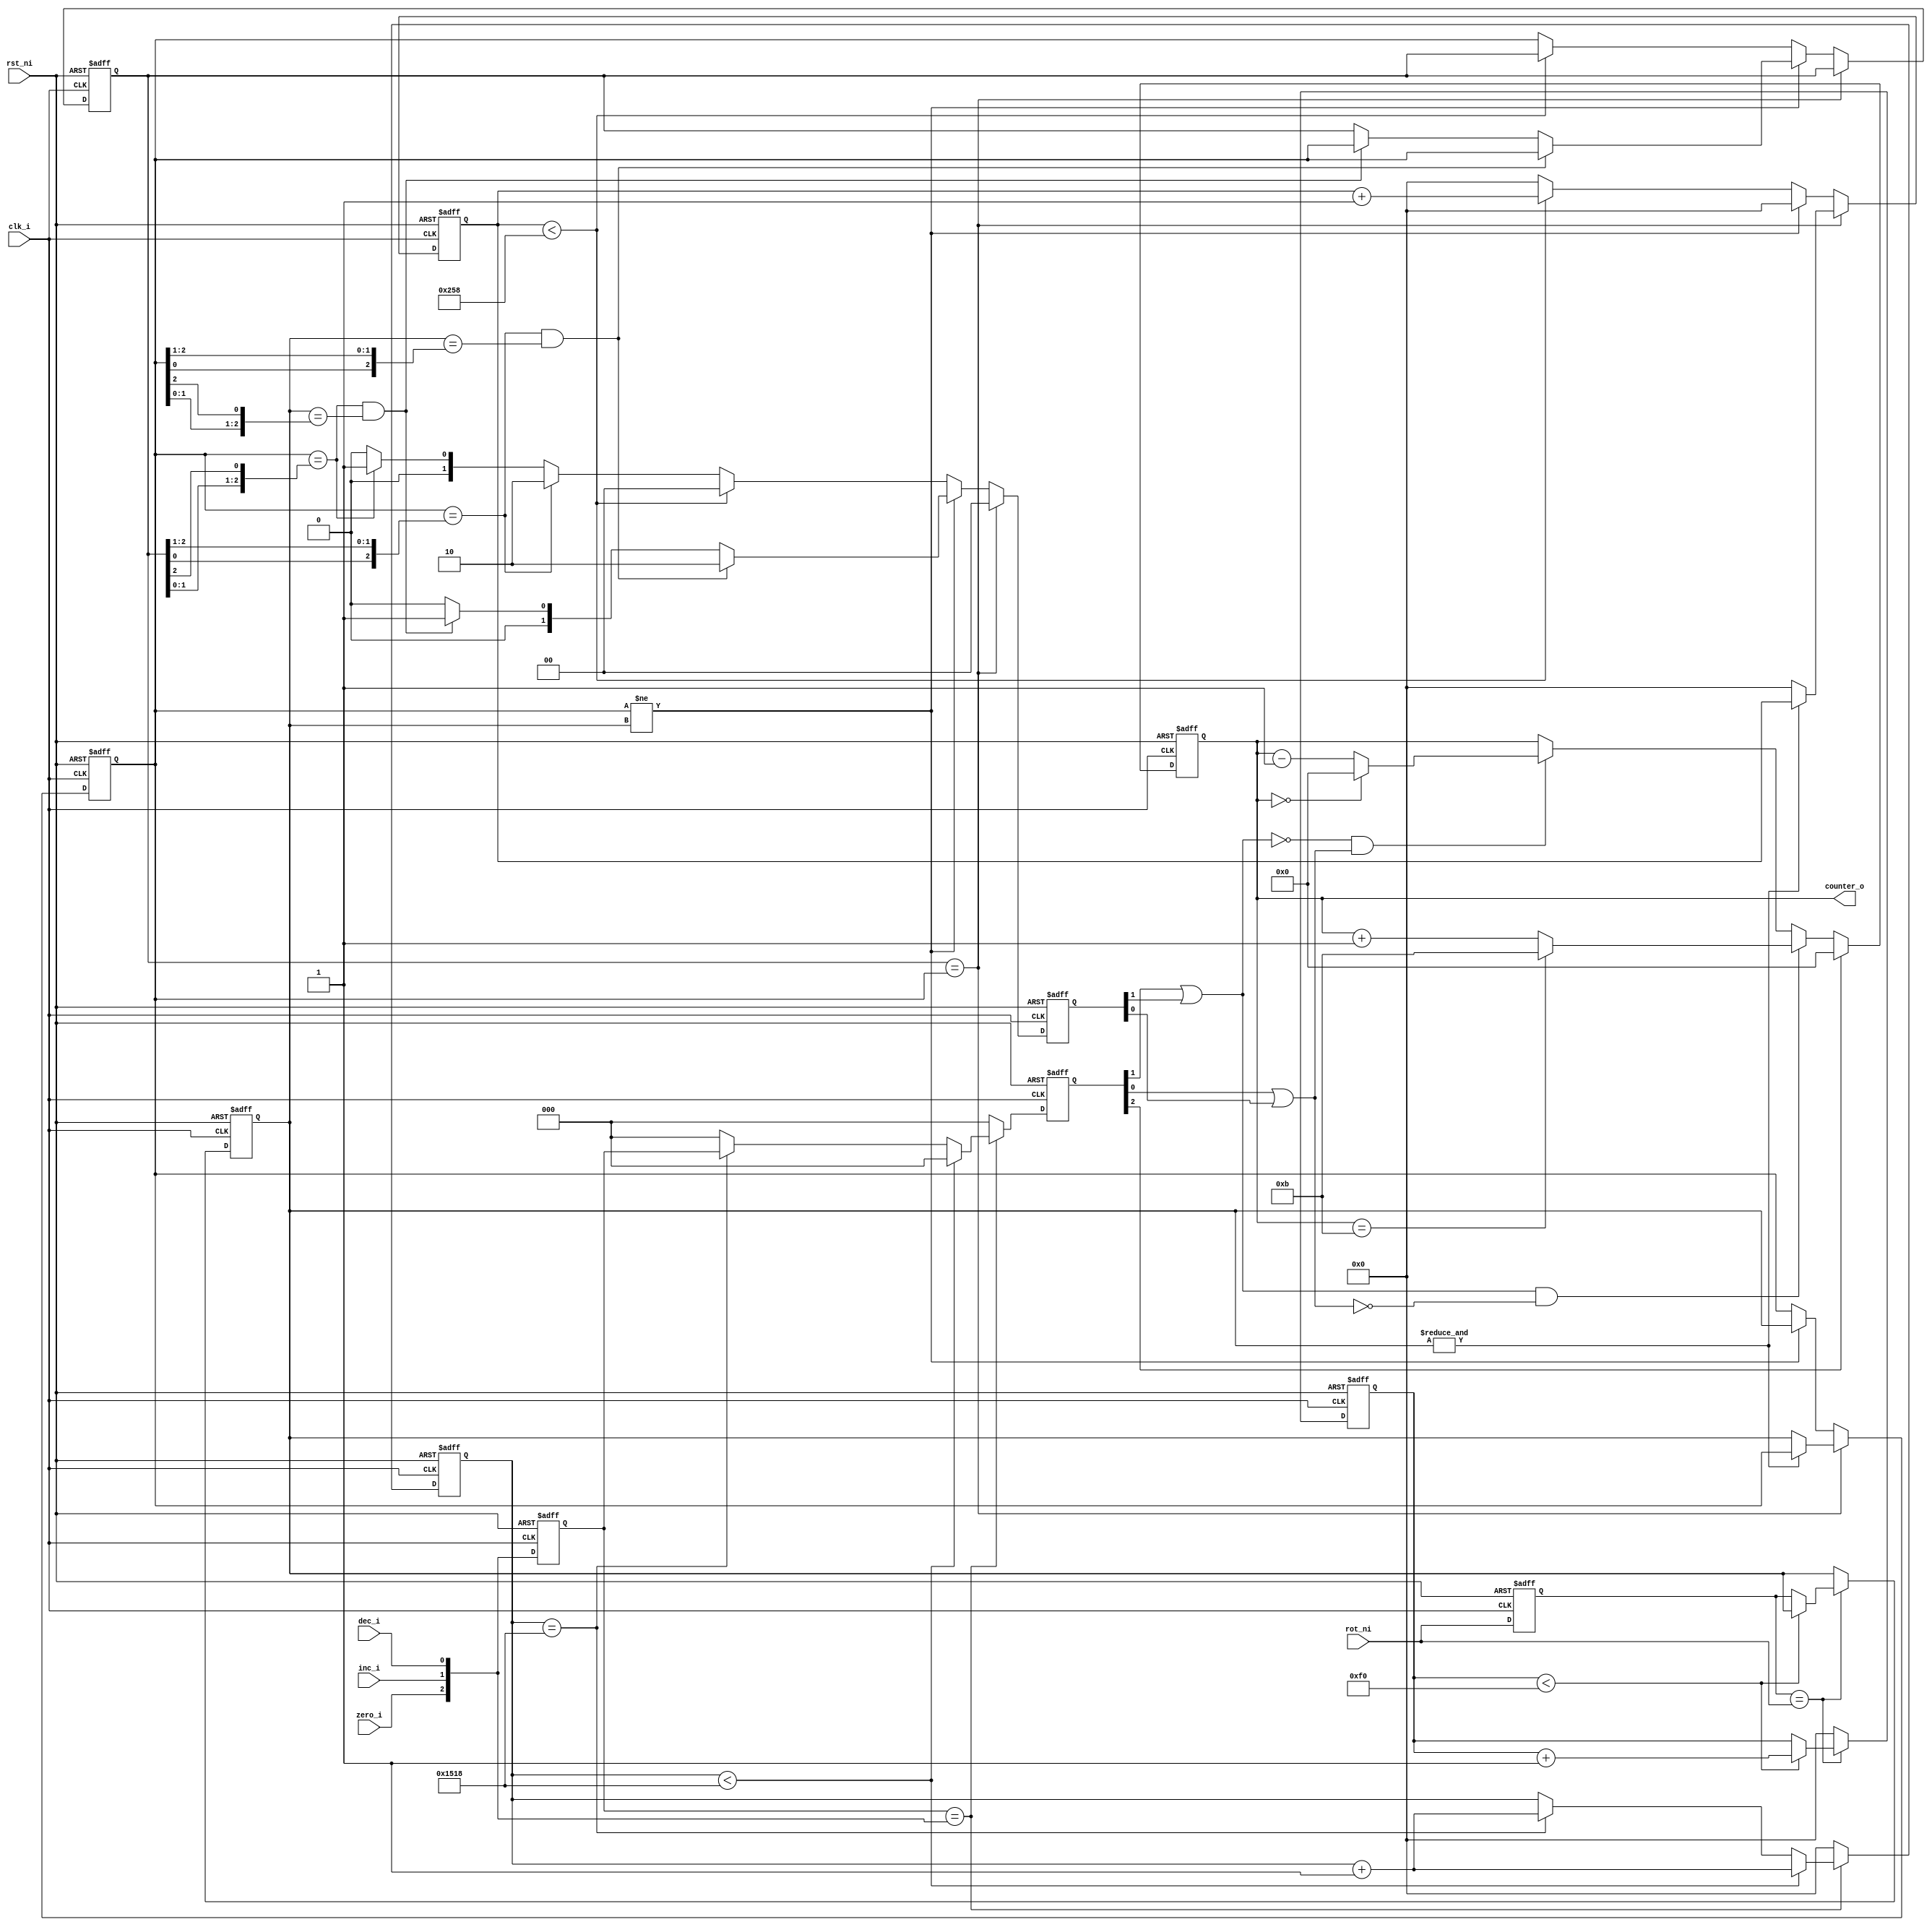
module rotary #(
   parameter N = 12,
   parameter INIT = 0,
   parameter SAT = 1,
   parameter T = 3
) (
   input clk_i,
   input rst_ni,

   input zero_i,
   input inc_i,
   input dec_i,
   input [T-1:0] rot_ni,
   output [$clog2(N)-1:0] counter_o
);

   reg [31:0] man_cnt;
   reg [2:0] man, man_r;
   always @(posedge clk_i, negedge rst_ni) begin
      if (~rst_ni) begin
         man_cnt <= 0;
         man <= 2'b0;
         man_r <= 2'b0;
      end else begin
         man <= {zero_i,inc_i,dec_i};
         man_r <= 2'b0;
         if (man == {zero_i,inc_i,dec_i}) begin
            if (man_cnt < 5400) begin
               man_cnt <= man_cnt + 1;
            end else if (man_cnt == 5400) begin
               man_cnt <= man_cnt + 1;
               man_r <= man;
            end
         end else begin
            man_cnt <= 0;
         end
      end
   end

   reg [31:0] pre_cnt;
   reg [T-1:0] pre_rot_n, pre_rot_nr;
   always @(posedge clk_i, negedge rst_ni) begin
      if (~rst_ni) begin
         pre_cnt <= 0;
         pre_rot_n <= {T{1'b1}};
         pre_rot_nr <= {T{1'b1}};
      end else begin
         pre_rot_n <= rot_ni;
         if (pre_rot_n == rot_ni) begin
            if (pre_cnt < 240) begin
               pre_cnt <= pre_cnt + 1;
            end else begin
               pre_rot_nr <= pre_rot_n;
            end
         end else begin
            pre_cnt <= 0;
         end
      end
   end

   reg [31:0] cnt;
   reg [T-1:0] rot_nr, rot_nrr;
   reg [1:0] aut;
   always @(posedge clk_i, negedge rst_ni) begin
      if (~rst_ni) begin
         cnt <= 0;
         rot_nr <= {T{1'b1}};
         rot_nrr <= {T{1'b1}};
         aut <= 2'b00;
      end else if (rot_nrr == rot_nr) begin
         aut <= 2'b00;
         if (~&pre_rot_nr) begin
            rot_nr <= pre_rot_nr;
            cnt <= 0;
         end
      end else begin
         aut <= 2'b00;
         if (rot_nr != pre_rot_nr) begin
            rot_nr <= pre_rot_nr;
            cnt <= 0;
            if (rot_nr == {rot_nrr[0],rot_nrr[T-1:1]}
               && pre_rot_nr == {rot_nr[0],rot_nr[T-1:1]}) begin
               rot_nrr <= rot_nr;
               aut <= 2'b10;
            end else if (rot_nr == {rot_nrr[T-2:0],rot_nrr[T-1]}
               && pre_rot_nr == {rot_nr[T-2:0],rot_nr[T-1]}) begin
               rot_nrr <= rot_nr;
               aut <= 2'b01;
            end
         end else if (cnt < 600) begin
            cnt <= cnt + 1;
         end else if (rot_nr == {rot_nrr[0],rot_nrr[T-1:1]}) begin
            cnt <= 0;
            rot_nrr <= rot_nr;
            aut <= 2'b10;
         end else if (rot_nr == {rot_nrr[T-2:0],rot_nrr[T-1]}) begin
            cnt <= 0;
            rot_nrr <= rot_nr;
            aut <= 2'b01;
         end else begin
            cnt <= 0;
            rot_nrr <= rot_nr;
         end
      end
   end

   (* mark_debug = "true" *) reg [$clog2(N)-1:0] out;
   always @(posedge clk_i, negedge rst_ni) begin
      if (~rst_ni) begin
         out <= INIT;
      end else if (man_r[2]) begin
         out <= INIT;
      end else if ((man_r[1] || aut[1]) && ~(man_r[0] || aut[0])) begin
         if (out == N - 1) begin
            out <= SAT ? N - 1 : 0;
         end else begin
            out <= out + 1;
         end
      end else if (~(man_r[1] || aut[1]) && (man_r[0] || aut[0])) begin
         if (out == 0) begin
            out <= SAT ? 0 : N - 1;
         end else begin
            out <= out - 1;
         end
      end
   end

   assign counter_o = out;

endmodule